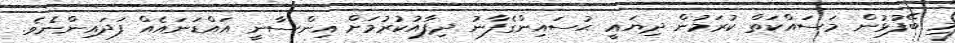
މި ބޭފުޅުން މަސައްކަތް ކުރަމުން ދިޔައީ ޙުސައިންގެފާނު ދިފާއުކުރުމަށް އިންސާނީ އައްޑަނައެއް ފަދައިންނެވެ.